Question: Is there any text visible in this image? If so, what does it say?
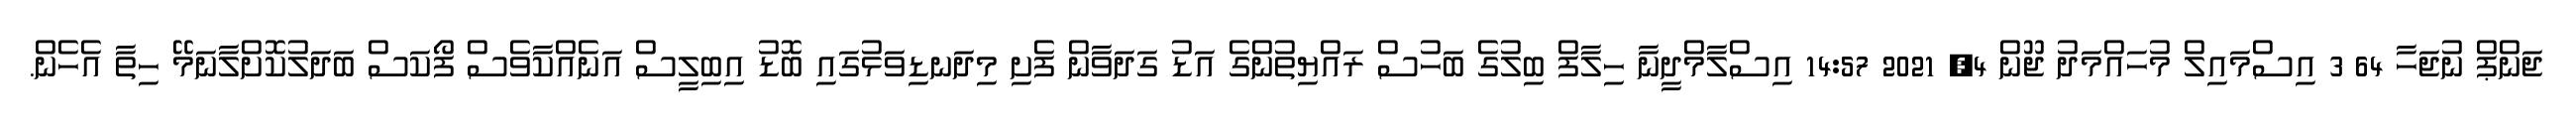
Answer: ޖަންޕް ނުޖަހާ 64 3 އިސްމައިލް މުހައްމަދު ޖޫން 4, 2021 14:57 އިސްލާމްދީނާ ހިލާފް ބިލުގެ ބަހުސް ރައްޔިތުންގެ އަޑު ގަދަވާން ފެށި މިދަނޑިވަޅުގައި ބޮޑު އިބިލީސް އަނެއްކާވެސް ފޯކަސް ބަދަލުކޮށްލާނަމޭ ހިތާ އެހެން.